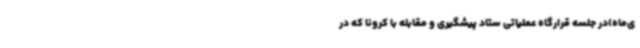
ی‌ماه)در جلسه قرارگاه عملیاتی ستاد پیشگیری و مقابله با کرونا که در